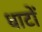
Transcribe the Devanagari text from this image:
धाटों